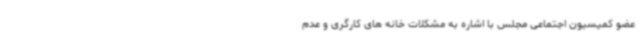
عضو کمیسیون اجتماعی مجلس با اشاره به مشکلات خانه های کارگری و عدم